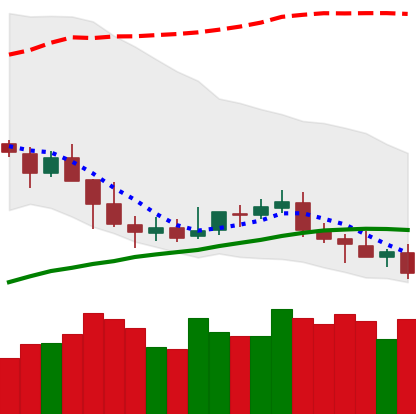
Ticker: NEO-USD
Chart end date: 2019-05-09
Forward return: 27.852%
Label: up_7plus